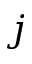
j